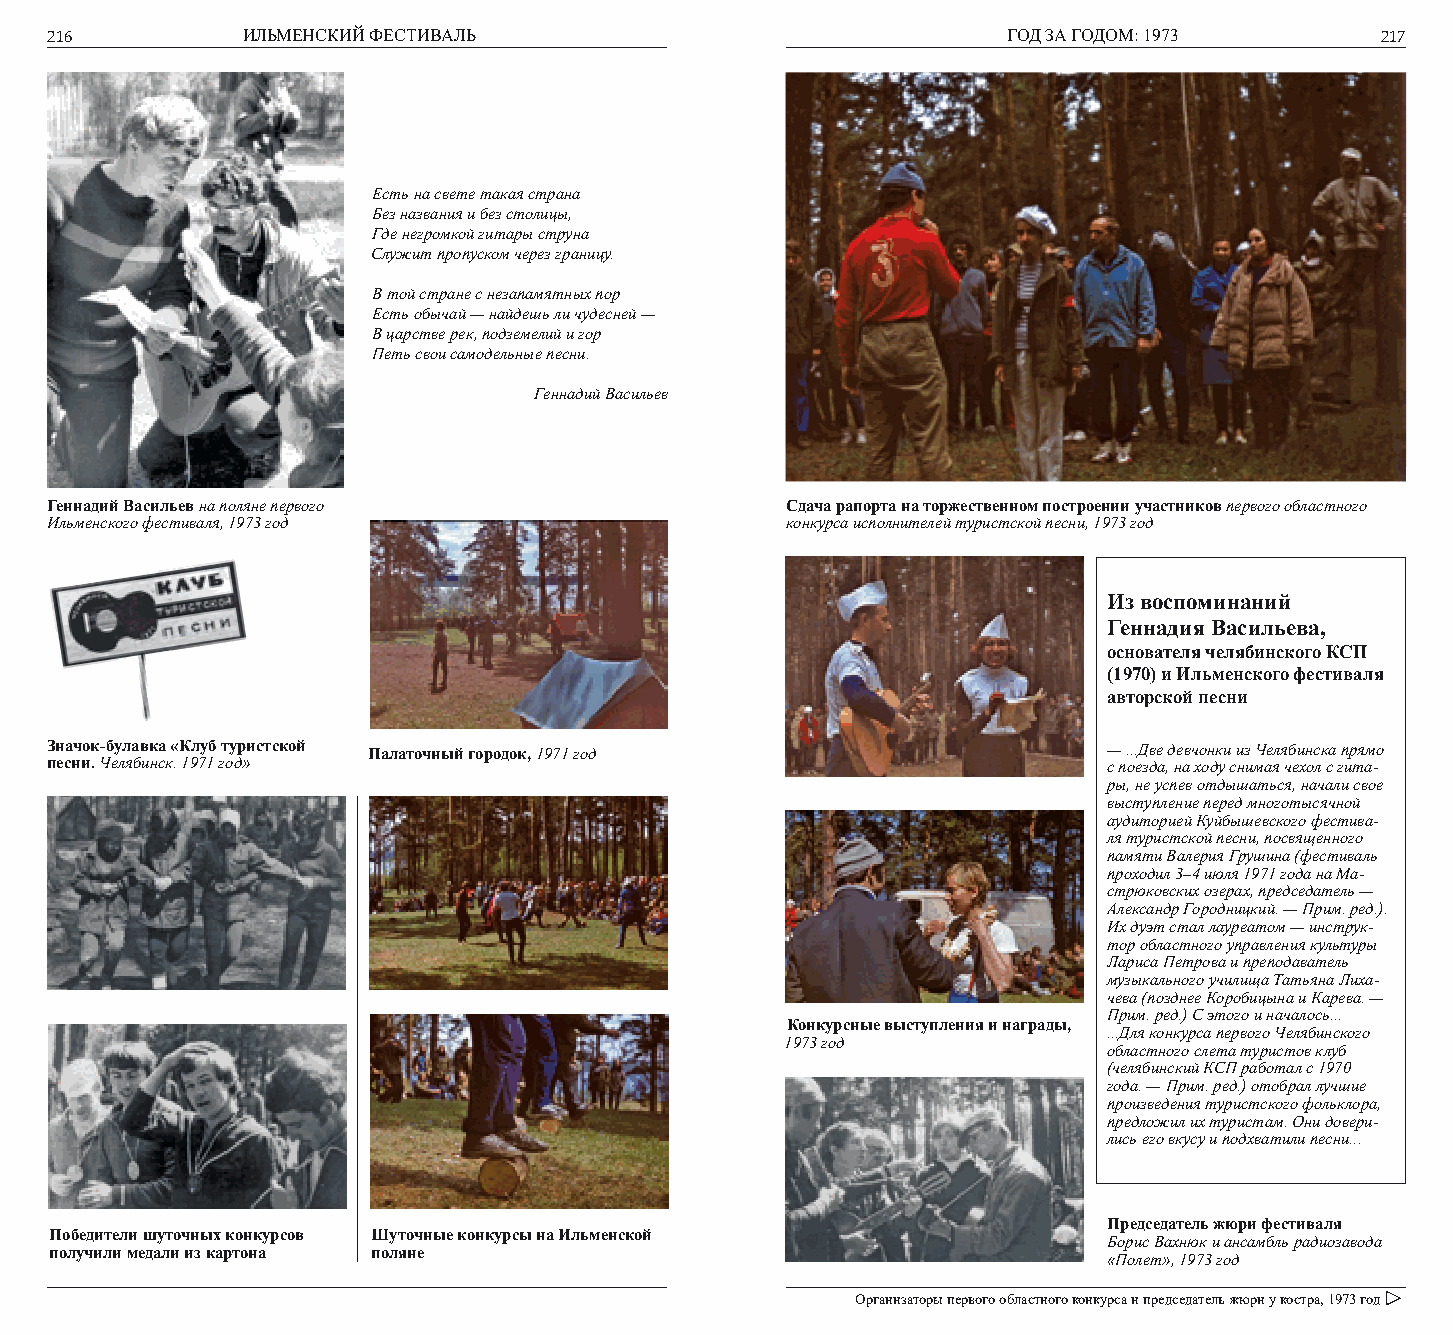
216          ИЛЬМЕНСКИЙ ФЕСТИВАЛЬ                               ГОД ЗА ГОДОМ: 1973      217
 Есть на свете такая страна
 Без названия и без столицы,
 Где негромкой гитары струна
 Служит пропуском через границу.
 В той стране с незапамятных пор
 Есть обычай — найдешь ли чудесней —
 В царстве рек, подземелий и гор
 Петь свои самодельные песни.
 Геннадий Васильев
 Геннадий Васильев на поляне первого              Сдача рапорта на торжественном построении участников первого областного
 Ильменского фестиваля, 1973 год                  конкурса исполнителей туристской песни, 1973 год
 Из воспоминаний
 Геннадия Васильева,
 основателя челябинского КСП
 (1970) и Ильменского фестиваля
 авторской песни
 Значок-булавка «Клуб туристской Палаточный городок, 1971 год          — ...Две девчонки из Челябинска прямо
 песни. Челябинск. 1971 год»                                           с поезда, на ходу снимая чехол с гита-
 ры, не успев отдышаться, начали свое
 выступление перед многотысячной
 аудиторией Куйбышевского фестива-
 ля туристской песни, посвященного
 памяти Валерия Грушина (фестиваль
 проходил 3–4 июля 1971 года на Ма-
 стрюковских озерах, председатель —
 Александр Городницкий. — Прим. ред.).
 Их дуэт стал лауреатом — инструк-
 тор областного управления культуры
 Лариса Петрова и преподаватель
 музыкального училища Татьяна Лиха-
 чева (позднее Коробицына и Карева. —
 Прим. ред.) С этого и началось...
 Конкурсные выступления и награды,
 ...Для конкурса первого Челябинского
 1973 год
 областного слета туристов клуб
 (челябинский КСП работал с 1970
 года. — Прим. ред.) отобрал лучшие
 произведения туристского фольклора,
 предложил их туристам. Они довери-
 лись его вкусу и подхватили песни...
 Председатель жюри фестиваля
 Победители шуточных конкурсов Шуточные конкурсы на Ильменской
 Борис Вахнюк и ансамбль радиозавода
 получили медали из картона поляне
 «Полет», 1973 год
 Организаторы первого областного конкурса и председатель жюри у костра, 1973 год